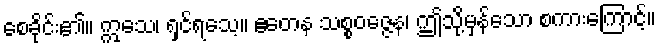
စေခိုင်း၏။ ဣသေ၊ ရှင်ရသေ့။ ဧတေန သစ္စဝဇ္ဇေန၊ ဤသို့မှန်သော စကားကြောင့်။